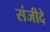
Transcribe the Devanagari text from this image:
संजीदे